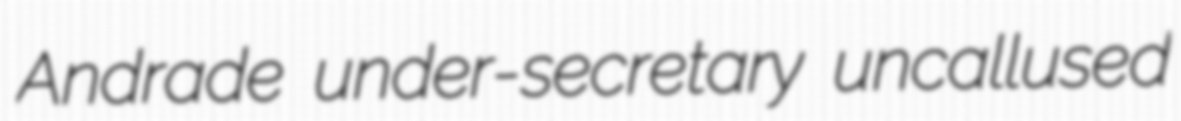
Andrade under-secretary uncallused